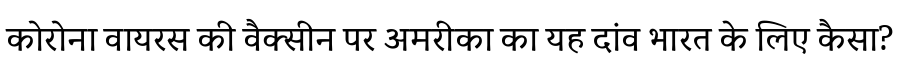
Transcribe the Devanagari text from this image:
कोरोना वायरस की वैक्सीन पर अमरीका का यह दांव भारत के लिए कैसा?